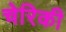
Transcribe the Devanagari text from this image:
चेरिकी